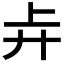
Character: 𰐇